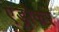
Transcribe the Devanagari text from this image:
एंड्रोकर